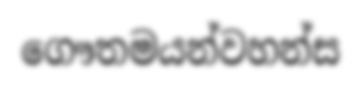
ගෞතමයන්වහන්ස